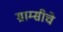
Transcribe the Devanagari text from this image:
ग्राम्सीचे